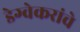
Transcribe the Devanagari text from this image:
डेग्वेकरांचे